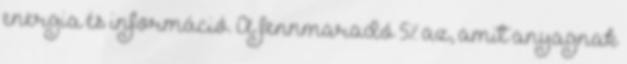
energia és információ. A fennmaradó 5% az, amit anyagnak